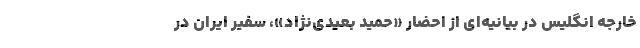
خارجه انگلیس در بیانیه‌ای از احضار «حمید بعیدی‌نژاد»، سفیر ایران در